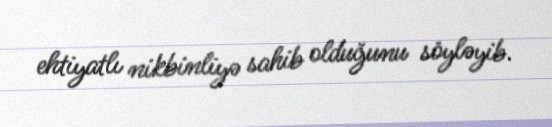
ehtiyatlı nikbinliyə sahib olduğunu söyləyib.